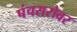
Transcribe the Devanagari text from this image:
पंचसरोवर